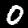
Label: 0